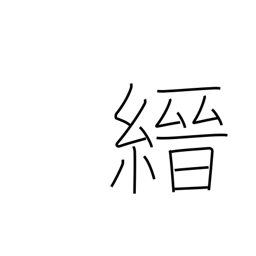
Meaning: thin red cloth